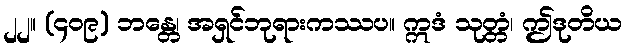
၂၂။ (၄၀၉) ဘန္တေ၊ အရှင်ဘုရားကဿပ။ ဣဒံ သုတ္တံ၊ ဤဒုတိယ